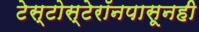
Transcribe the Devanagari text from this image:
टेस्टोस्टेरॉनपासूनही